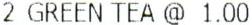
2 GREEN TEA @ 1.00